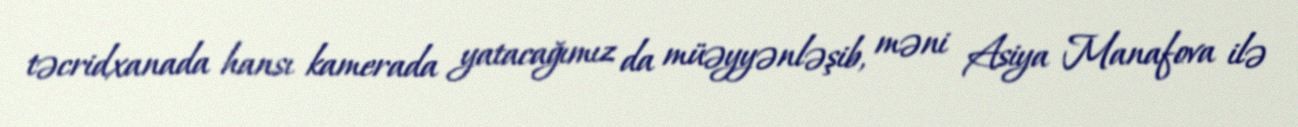
təcridxanada hansı kamerada yatacağımız da müəyyənləşib, məni Asiya Manafova ilə